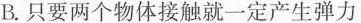
B.只要两个物体接触就一定产生弹力